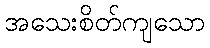
အသေးစိတ်ကျသော